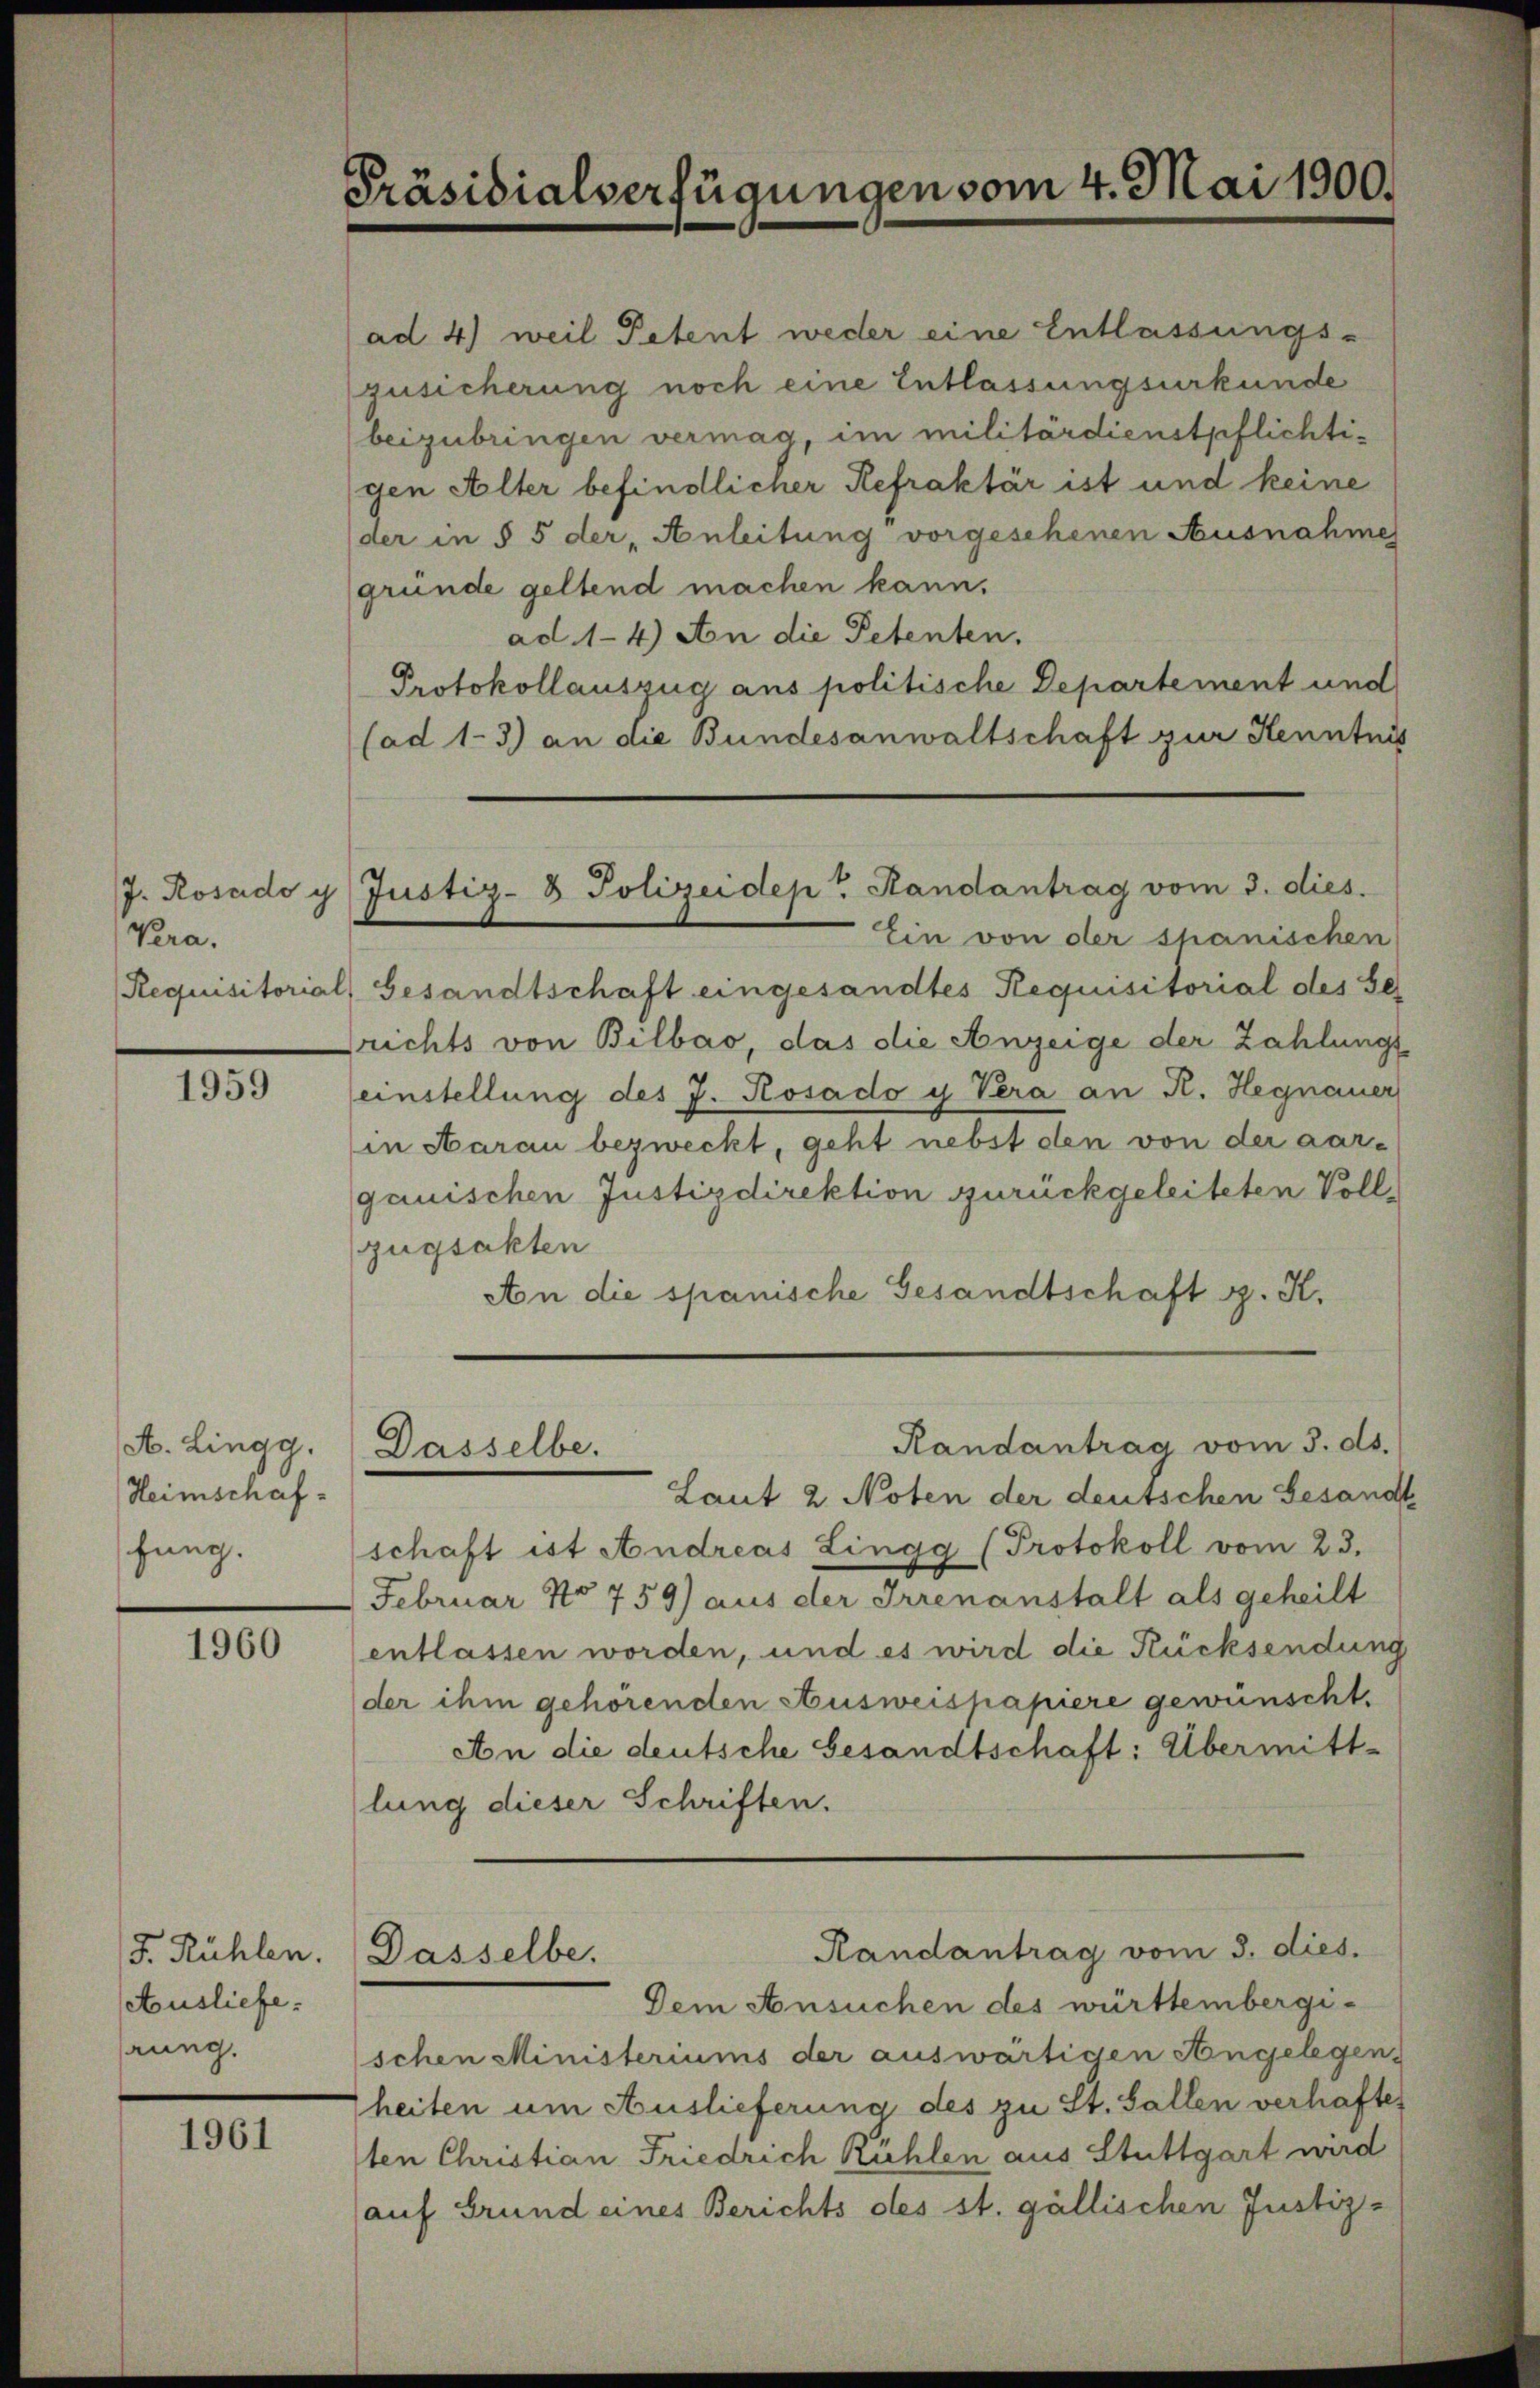
Vera.
Requisitorial,

1959

A. Lingg.
Heimschafhung.

1960

J. Rühlen.
Ausliefe.
rung.

1961

Präsidialverfügungen vom 4. Mai 1900.

J. Rosado y Justiz- & Polizeidep" Randantrag vom 3. dies

ad 4) weil Petent weder eine Entlassungs-
zusicherung noch eine Entlassungsurkunde
beizubringen vermag, im militärdienstpflichtigen Alter befindlicher Refraktär ist und keine
der in § 5 der Anleitung vorgeschenen Ausnahme
gründe geltend machen kann.
ad. 14) An die Petenten.
Protokollauszug aus politische Departement und
(ad 1.3) an die Bundesanwaltschaft zur Kenntni
Ein von der spanischen
Gesandtschaft eingesandtes Requisitorial des Se
richts von Bilbao, das die Anzeige der Zahlung
einstellung des J. Rosado y Vera an K. Hegnauer
in Aarau bezweckt, geht nebst den von der aargauischen Justizdirektion zurückgeleiteten Vollzügsakten
An die spanische Gesandtschaft z. K.
Randantrag vom 3. ds.
Dasselbe.
Laut 2 Noten der deutschen Gesand
schaft ist Andreas Lingg (Protokoll vom 23.
Februar No 759) aus der Irrenanstalt als geheilt
entlassen worden, und es wird die Rücksendung
der ihm gehörenden Ausweispapiere gewünscht,
An die deutsche Gesandtschaft: Übermittlung dieser Schriften.
Randantrag vom 3. dies.
Dasselbe.
Dem Ansuchen des württembergischen Ministeriums der auswärtigen Angelegens
heiten um Auslieferung des zu St. Gallen verhafte
sten Christian Friedrich Kühlen aus Stuttgart wird
auf Grund eines Berichts des st. gallischen Justiz-